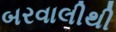
બરવાલીથી